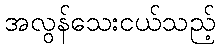
အလွန်သေးငယ်သည့်